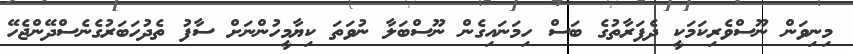
މިނިވަން ނޫސްވެރިކަމަކީ ދެފަރާތުގެ ބަސް ހިމަނައިގެން ނޫސްބަލާ ނުވަތަ ކިޔާމީހުންނަށް ސާފު ތެދުހަބަރުގެނެސްދޭންޖެހޭ